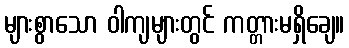
များစွာသော ဝါကျများတွင် ကတ္တားမရှိချေ။